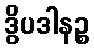
ဒွိပဒါနဉ္စ